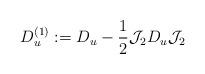
LaTeX: \begin{align*}D_{u}^{(1)}:= D_{u} -\frac{1}{2} \mathcal J_{2} D_{u}\mathcal J_{2}\end{align*}